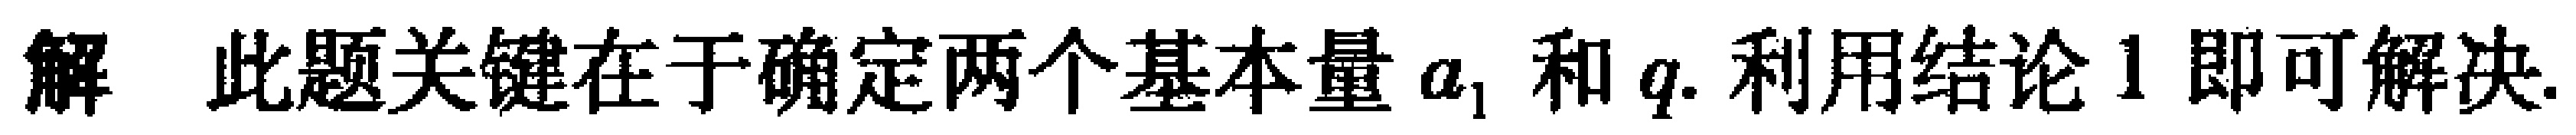
解 此题关键在于确定两个基本量 \(a_{1}\) 和 \(q\). 利用结论 1 即可解决.